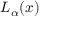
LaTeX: L _ { \alpha } ( x )